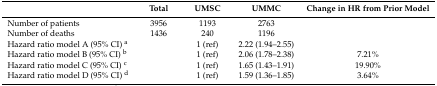
<table><thead><tr><td></td><td><b>Total</b></td><td><b>UMSC</b></td><td><b>UMMC</b></td><td><b>Change in HR from Prior Model</b></td></tr></thead><tbody><tr><td>Number of patients</td><td>3956</td><td>1193</td><td>2763</td><td></td></tr><tr><td>Number of deaths</td><td>1436</td><td>240</td><td>1196</td><td></td></tr><tr><td>Hazard ratio model A (95% CI) <sup>a</sup></td><td></td><td>1 (ref)</td><td>2.22 (1.94–2.55)</td><td></td></tr><tr><td>Hazard ratio model B (95% CI) <sup>b</sup></td><td></td><td>1 (ref)</td><td>2.06 (1.78–2.38)</td><td>7.21%</td></tr><tr><td>Hazard ratio model C (95% CI) <sup>c</sup></td><td></td><td>1 (ref)</td><td>1.65 (1.43–1.91)</td><td>19.90%</td></tr><tr><td>Hazard ratio model D (95% CI) <sup>d</sup></td><td></td><td>1 (ref)</td><td>1.59 (1.36–1.85)</td><td>3.64%</td></tr></tbody></table>